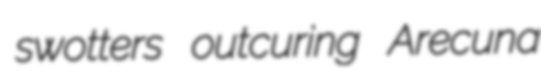
swotters outcuring Arecuna